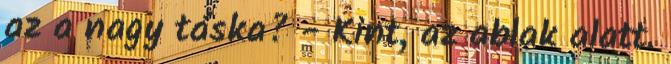
az a nagy táska? - Kint, az ablak alatt.